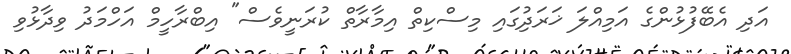
އަދި އެބޭފުޅުންގެ އަމިއްލަ ޚަރަދުިގައި މިސްކިތް އިމާރާތް ކުރަނީވެސް" އިބްރާހީމް އަހްމަދު ވިދާޅުވި